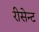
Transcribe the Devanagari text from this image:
रीसेन्ट